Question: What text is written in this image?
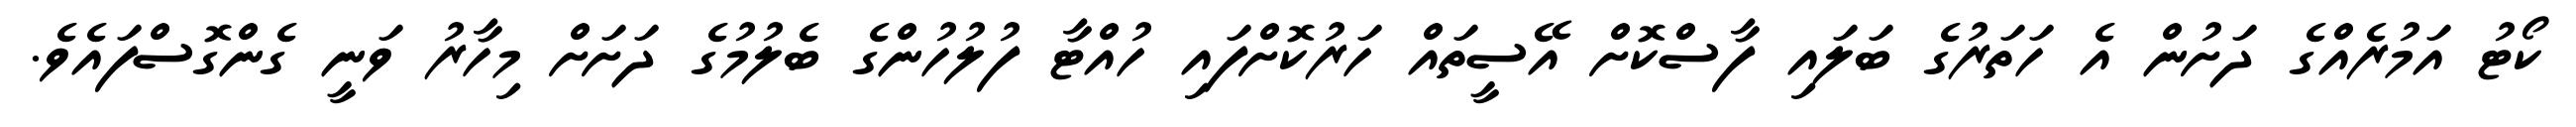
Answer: ކޯޓު އަމުރެއްގެ ދަށުން އެ ހަތަރުގެ ބަލައި ފާސްކޮށް އޭސީތައް ހަރުކޮށްފައި ހުއްޓާ ފުލުހުންގެ ބެލުމުގެ ދަށަށް މިހާރު ވަނީ ގެންގޮސްފައެވެ.